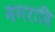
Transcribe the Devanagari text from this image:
नगरादि